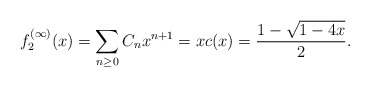
\begin{align*}f^{(\infty)}_2(x)&=\sum_{n\geq 0}C_nx^{n+1}=xc(x)=\frac{1-\sqrt{1-4x}}{2}.\end{align*}